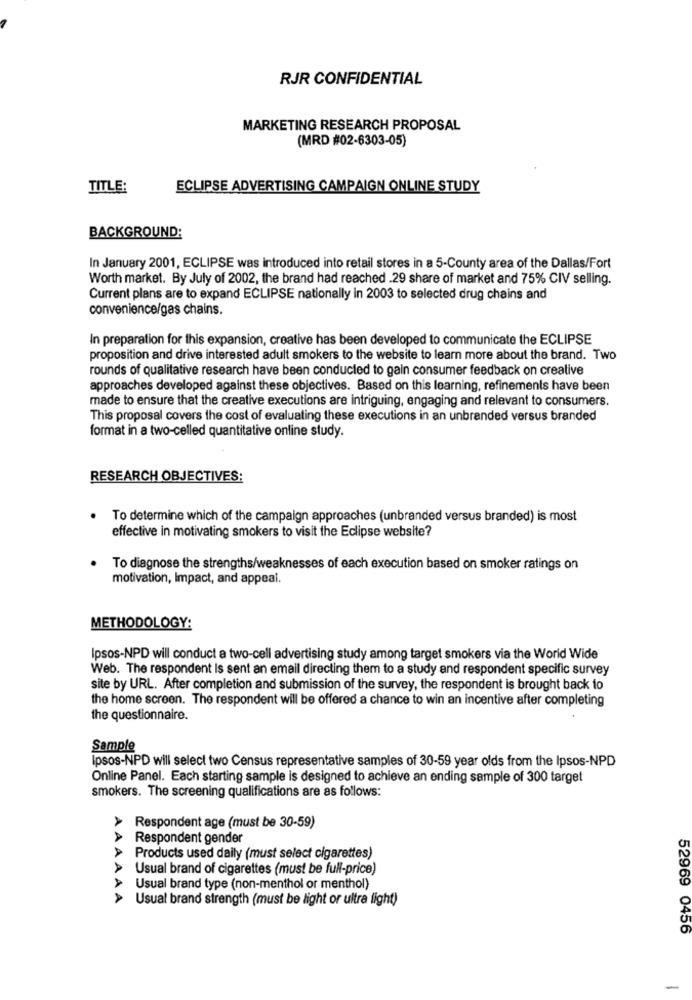
RJR CONFIDENTIAL
MARKETING RESEARCH PROPOSAL
(MRD #02-6303-05)
TITLE:
ECLIPSE ADVERTISING CAMPAIGN ONLINE STUDY
BACKGROUND:
In January 2001, ECLIPSE was introduced into retail stores in a 5-County area of the Dallas/Fort
Worth market. By July of 2002, the brand had reached .29 share of market and 75% CIV selling.
Current plans are to expand ECLIPSE nationally in 2003 to selected drug chains and
convenience/gas chains.
In preparation for this expansion, creative has been developed to communicate the ECLIPSE
proposition and drive interested adult smokers to the website to learn more about the brand. Two
rounds of qualitative research have been conducted to gain consumer feedback on creative
approaches developed against these objectives. Based on this learning, refinements have been
made to ensure that the creative executions are intriguing, engaging and relevant to consumers.
This proposal covers the cost of evaluating these executions in an unbranded versus branded
format in a two-celled quantitative online study.
RESEARCH OBJECTIVES:
.
To determine which of the campaign approaches (unbranded versus branded) is most
effective in motivating smokers to visit the Eclipse website?
To diagnose the strengths/weaknesses of each execution based on smoker ratings on
motivation, Impact, and appeal
METHODOLOGY:
Ipsos-NPD will conduct a two-cell advertising study among target smokers via the World Wide
Web. The respondent Is sent an email directing them to a study and respondent specific survey
site by URL. After completion and submission of the survey, the respondent is brought back to
the home screen. The respondent will be offered a chance to win an incentive after completing
the questionnaire.
Sample
Ipsos-NPD will select two Census representative samples of 30-59 year olds from the Ipsos-NPD
Online Panel. Each starting sample is designed to achieve an ending sample of 300 target
smokers. The screening qualifications are as follows:
Respondent age (must be 30-59)
> Respondent gender
> Products used daily (must select cigarettes)
Usual brand of cigarettes (must be full-price)
Usual brand type (non-menthol or menthol)
AAAAAA
Usual brand strength (must be light or ultra light)
52969 0456